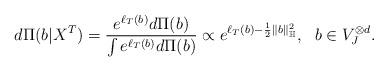
LaTeX: \begin{align*} d\Pi(b|X^T) = \frac{e^{\ell_T(b)}d\Pi(b)}{\int e^{\ell_T(b)}d\Pi(b)} \propto e^{\ell_T(b) - \frac{1}{2}\|b\|_{\mathbb H}^2}, ~~b \in V_J^{\otimes d}.\end{align*}